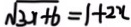
\sqrt { 3 x + 6 } = 1 + 2 x